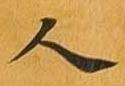
人